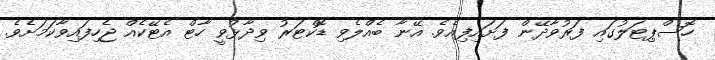
ހޮސްޕިޓަލުގައި ފަރުވާދޭން ފަށައިފިއެވެ. އޭނާ ބެއްލެވި ޑޮކްޓަރު ވިދާޅުވީ ހާޓް އެޓޭކެއް ޖެހިފައިވާކަމަށެވެ.